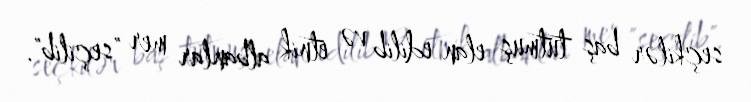
seçkilər baş tutmuş elan edilib və etnik albanlar mer "seçilib".